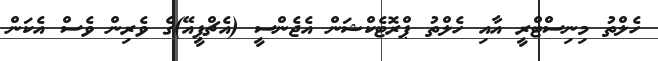
ހެލްތު މިނިސްޓްރީ އާއި ހެލްތު ޕްރޮޓެކްޝަން އެޖެންސީ (އެޗްޕީއޭ)ގެ ވެރިން ވެސް އެކަން